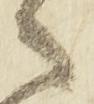
之